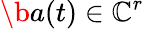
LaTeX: \b{a}(t)\in\mathbb{C}^{r}